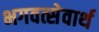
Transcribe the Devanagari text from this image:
भगवत्सेवार्थ